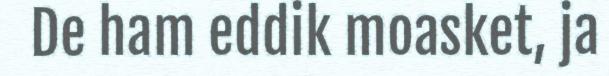
De ham eddik moasket, ja